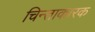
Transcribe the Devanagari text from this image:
चिन्ताकारक